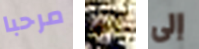
مرحبا اني إلى